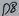
Text: D8